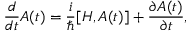
{ \frac { d } { d t } } A ( t ) = { \frac { i } { \hbar } } [ H , A ( t ) ] + { \frac { \partial A ( t ) } { \partial t } } ,